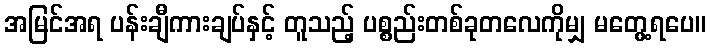
အမြင်အရ ပန်းချီကားချပ်နှင့် တူသည့် ပစ္စည်းတစ်ခုတလေကိုမျှ မတွေ့ရပေ။